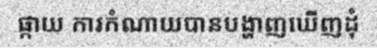
ផ្កាយ ការកំណាយបានបង្ហាញឃើញដុំ